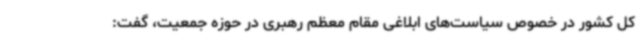
کل کشور در خصوص سیاست‌های ابلاغی مقام معظم رهبری در حوزه جمعیت، گفت: